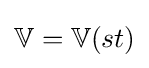
\mathbb {V} =\mathbb {V} (st)